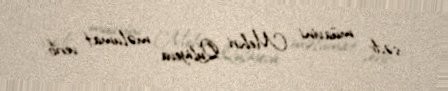
sədr müavini Mehri Quliyeva məlumat verib.